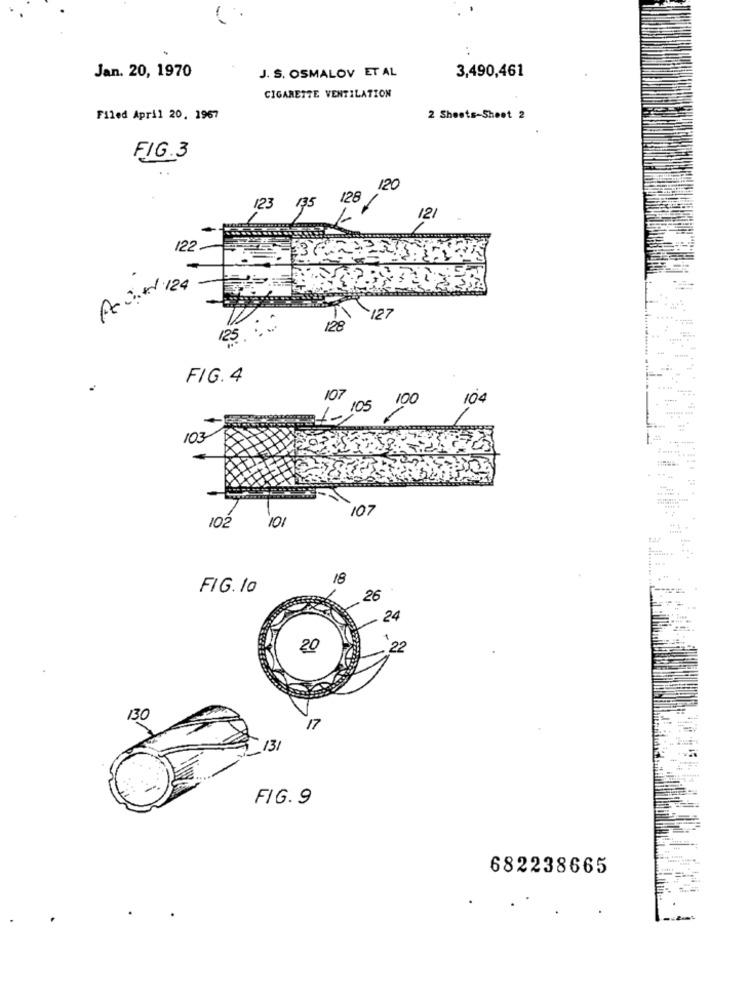
Jan. 20, 1970
J. S. OSMALOV ET AL
3,490,461
CIGARETTE VENTILATION
Filed April 20, 1967
2 Sheets-Sheet 2
FIG.3
120
128
123
135
121
122
127
128
125
..
FIG. 4
107
104
105 100
1-
103
107
102
101
18
FIG. 10
26
24
20
22
130
17
1_131
FIG.9
682238665